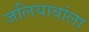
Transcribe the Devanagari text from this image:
जलियावांला